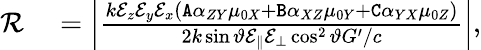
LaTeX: \begin{array}{rl}{\mathcal{R}}&{{}=\left|\frac{k\mathcal{E}_{z}\mathcal{E}_{y}\mathcal{E}_{x}(\mathtt{A}\alpha_{ZY}\mu_{0X}+\mathtt{B}\alpha_{XZ}\mu_{0Y}+\mathtt{C}\alpha_{YX}\mu_{0Z})}{2k\sin\vartheta\mathcal{E}_{\| }\mathcal{E}_{\bot}\cos^{2}\vartheta G^{\prime}/c}\right|,}\end{array}